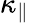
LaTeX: \kappa_{\parallel}